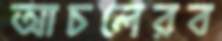
আচলেরব